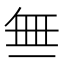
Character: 𬻝